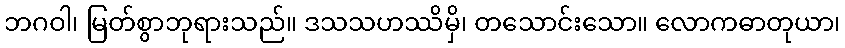
ဘဂဝါ၊ မြတ်စွာဘုရားသည်။ ဒသသဟဿိမှိ၊ တသောင်းသော။ လောကဓာတုယာ၊